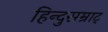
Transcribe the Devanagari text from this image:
हिन्दुसम्राट्